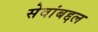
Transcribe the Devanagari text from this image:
सेवांबद्दल